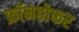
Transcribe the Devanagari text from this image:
फ्रॉनहोफर